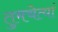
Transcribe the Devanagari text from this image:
तुमचेत्यां